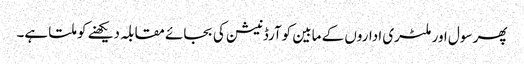
پھر سول اور ملٹری اداروں کے مابین کوآرڈنیشن کی بجائے مقابلہ دیکھنے کو ملتا ہے۔